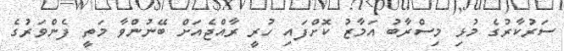
ސަރުކާރުގެ މުޅި މިސްރާބު އަމާޒު ކޮށްފައި ހުރީ ރާއްޖެއަށް ބޭނުންވާ މަތީ ފެންވަރުގެ